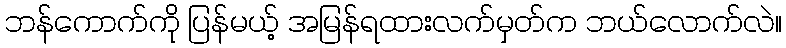
ဘန်ကောက်ကို ပြန်မယ့် အမြန်ရထားလက်မှတ်က ဘယ်လောက်လဲ။